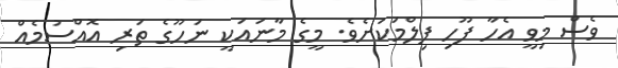
ވެސް މިވީ އެހާ ފޫހި ފިލްމަކަށެވެ. މީގެ މާނައަކީ ނަހޫގެ ތަރި އޮއްސުމެއް